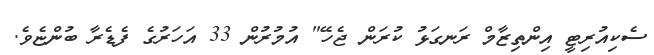
ސެކިއުރިޓީ އިންތިޒާމް ރަނގަޅު ކުރަން ޖެހޭ" އުމުރުން 33 އަހަރުގެ ފެޑެރާ ބުންޏެވެ.